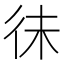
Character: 𢓛